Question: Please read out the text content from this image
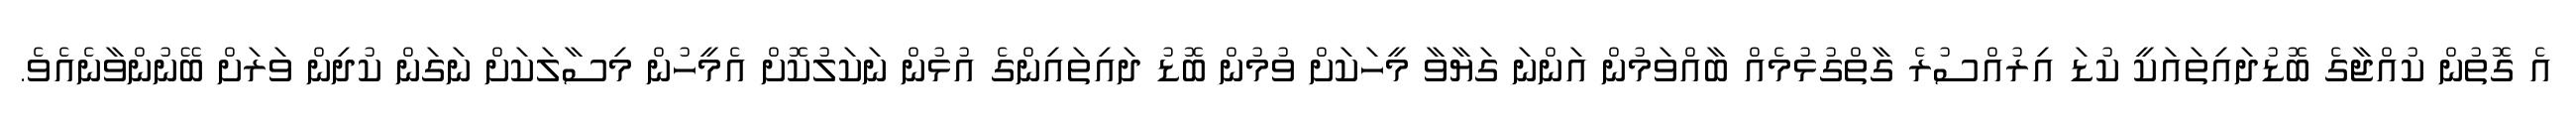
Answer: އެ ގޮތުން ކުއްޖާގެ ބޮޑުދައިތައަކީ ކުޑަ އިރުއްސުރެ ގާތްގުޅުމެއް ބާއްވަމުން އަންނަ ގަޔާވާ މީހަކަށް ވުމުން ބޮޑު ދައިތައިންގެ އުޅުން ނަކަލުކޮށް އެމީހުން މިސާލަކަށް ނަގަން ކުދިން ވަރަށް ބޭނުންވާނެއެވެ.